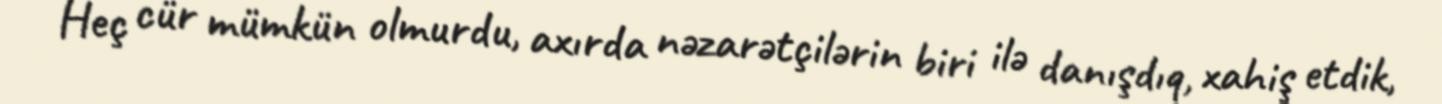
Heç cür mümkün olmurdu, axırda nəzarətçilərin biri ilə danışdıq, xahiş etdik,